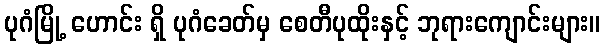
ပုဂံမြို့ ဟောင်း ရှိ ပုဂံခေတ်မှ စေတီပုထိုးနှင့် ဘုရားကျောင်းများ။